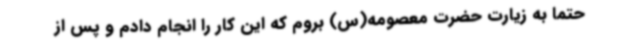
حتماً به زیارت حضرت معصومه(س) بروم که این کار را انجام دادم و پس از